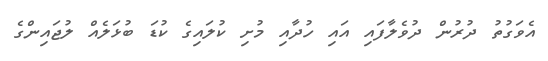
އެވަގުތު ދުރުން ދުވެލާފައި އައި ހުދާއި މުށި ކުލައިގެ ކުޑަ ބުޅަލެއް ލުޖައިންގެ